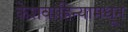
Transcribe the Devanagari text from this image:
केशवाहिन्यामधून